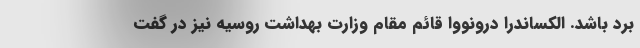
برد باشد. الکساندرا درونووا قائم مقام وزارت بهداشت روسیه نیز در گفت